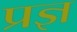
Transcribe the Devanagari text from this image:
प्रज्ञ